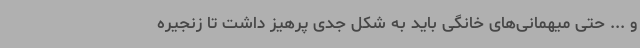
و ... حتی میهمانی‌های خانگی باید به شکل جدی پرهیز داشت تا زنجیره